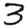
Digit: 3